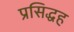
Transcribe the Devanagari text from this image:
प्रसिद्धह